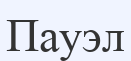
Пауэл